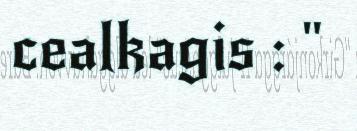
cealkagis : "